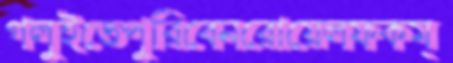
গলুইতেপুরিবেনরোয়েলফকম্